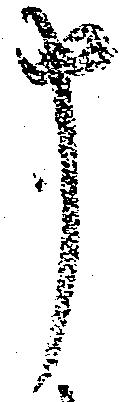
申